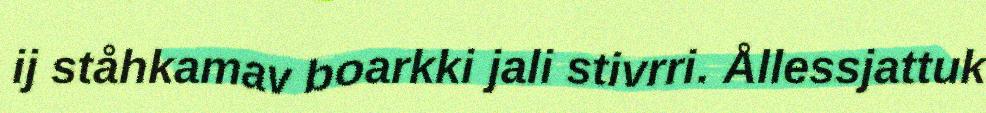
ij ståhkamav boarkki jali stivrri. Ållessjattuk